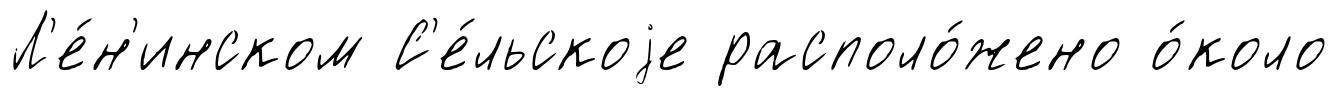
Л'е́н'инском С'е́льскоjе располо́жено о́коло